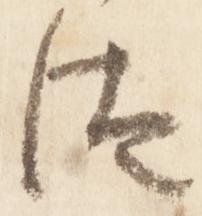
汰